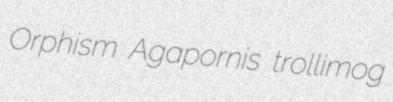
Orphism Agapornis trollimog